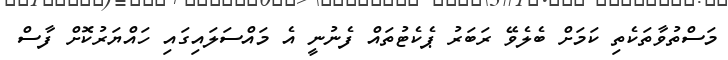
މަސްތުވާތަކެތި ކަމަށް ބެލެވޭ ރަބަރު ޕެކެޓުތައް ފެނުނީ އެ މައްސަލައިގައި ހައްޔަރުކޮށް ފާސް